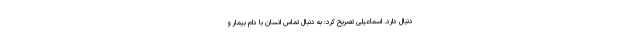
دنبال دارد. اسماعیلی تصریح کرد: به دنبال تماس انسان با دام بیمار و